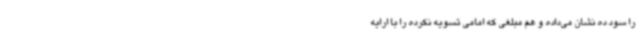
را سود ده نشان می‌داده و هم مبلغی که امامی تسویه نکرده را با ارایه